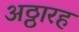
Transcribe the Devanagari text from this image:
अठ्ठारह